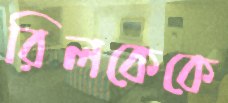
রিলকেকে